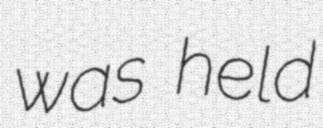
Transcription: was held